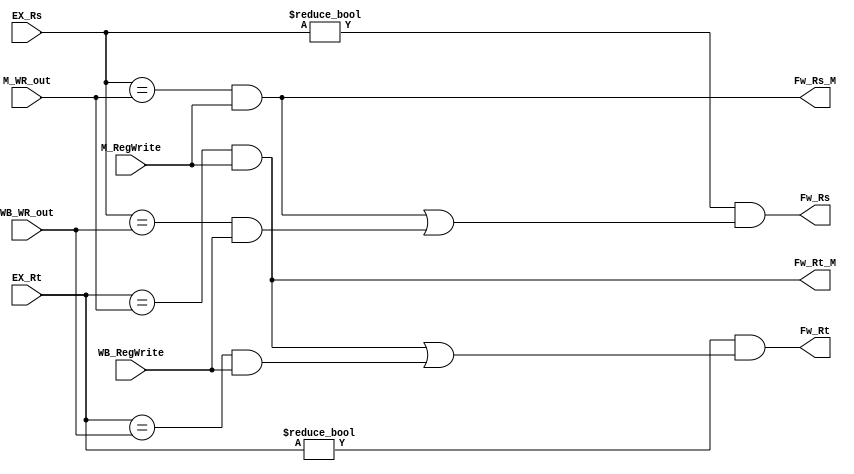
// Forwarding Unit

module FU ( // input 
			EX_Rs,
            EX_Rt,
			M_RegWrite,
			M_WR_out,
			WB_RegWrite,
			WB_WR_out,
			// output
			// write your code in here
			Fw_Rs,
			Fw_Rt,
			Fw_Rs_M,
			Fw_Rt_M
			);

	input [4:0] EX_Rs;
    input [4:0] EX_Rt;
    input M_RegWrite;
    input [4:0] M_WR_out;
    input WB_RegWrite;
    input [4:0] WB_WR_out;

	
	
	// write your code in here
	output Fw_Rs, Fw_Rt, Fw_Rs_M, Fw_Rt_M;
	wire Fw_Rs_WB, Fw_Rt_WB;
	
	assign Fw_Rs_M  = (EX_Rs== M_WR_out) &&  M_RegWrite;
	assign Fw_Rt_M  = (EX_Rt== M_WR_out) &&  M_RegWrite;
	assign Fw_Rs_WB = (EX_Rs==WB_WR_out) && WB_RegWrite;
	assign Fw_Rt_WB = (EX_Rt==WB_WR_out) && WB_RegWrite;
	
	assign Fw_Rs = (EX_Rs!=5'b0) && (Fw_Rs_M || Fw_Rs_WB);
	assign Fw_Rt = (EX_Rt!=5'b0) && (Fw_Rt_M || Fw_Rt_WB);
	
endmodule